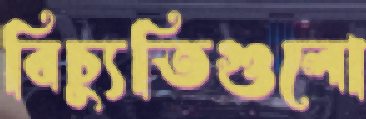
বিচ্যুতিগুলো